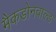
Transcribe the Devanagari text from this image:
मैकडोनवाल्ड